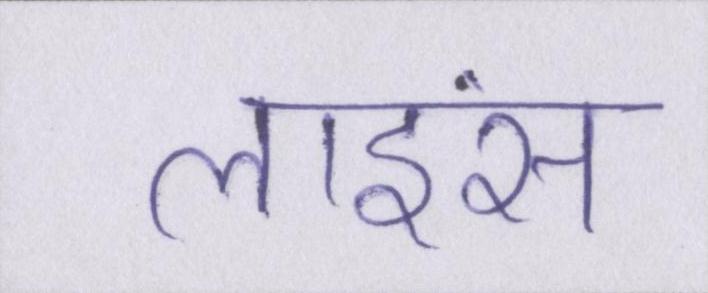
लाइंस